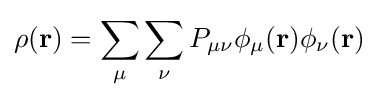
\rho (\mathbf {r} )=\sum _{\mu }\sum _{\nu }P_{\mu \nu }\phi _{\mu }(\mathbf {r} )\phi _{\nu }(\mathbf {r} )